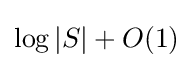
\log |S|+O(1)